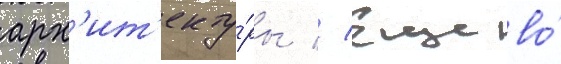
арх'ит'екту́ры // Еще во́